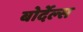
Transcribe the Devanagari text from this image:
बोर्देल्स